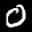
Label: 0